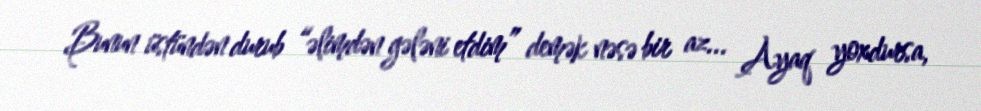
Bunun üstündən durub “əlimdən gələni etdim” demək nəsə bir az... Ayaq yoxdursa,